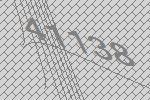
41138